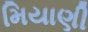
મિયાણી